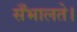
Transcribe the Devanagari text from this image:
सँभालते।